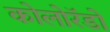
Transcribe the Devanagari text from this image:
कोलोरॅडो